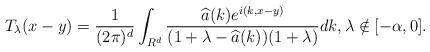
LaTeX: \begin{align*} T_\lambda(x-y)=\frac{1}{(2\pi)^d}\int_{R^d}\frac{\widehat{a}(k)e^{i(k,x-y)}}{(1+\lambda-\widehat{a}(k))(1+\lambda)}dk, \lambda\notin [-\alpha,0]. \end{align*}